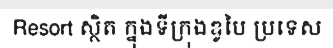
Resort ស្ថិត ក្នុងទីក្រុងឌូបៃ ប្រទេស